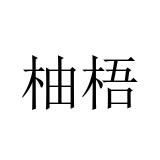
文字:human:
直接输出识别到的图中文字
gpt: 柚梧